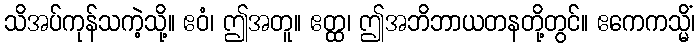
သိအပ်ကုန်သကဲ့သို့။ ဧဝံ၊ ဤအတူ။ ဧတ္ထ၊ ဤအဘိဘာယတနတို့တွင်။ ဧကေကသ္မိံ၊